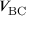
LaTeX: V _ { \mathrm { B C } }